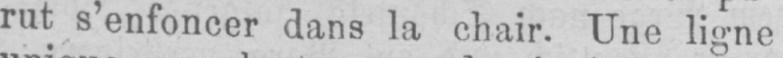
rut s’enfoncer dans la chair. Une ligne